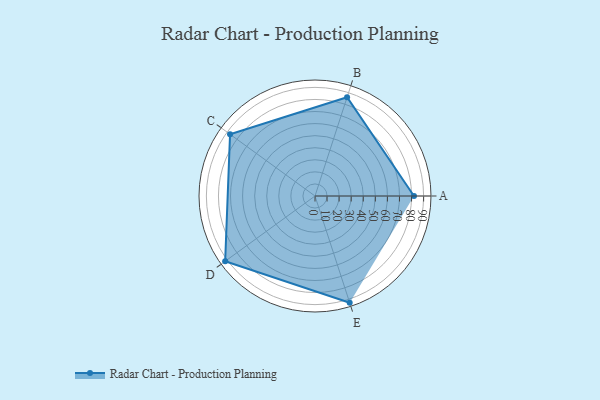
{"axis": {"x": "Skill", "y": "Score"}, "legend": ["Profile"], "data": [{"x": "A", "y": 82.0, "type": "Profile"}, {"x": "B", "y": 86.0, "type": "Profile"}, {"x": "C", "y": 87.0, "type": "Profile"}, {"x": "D", "y": 92.0, "type": "Profile"}, {"x": "E", "y": 93.0, "type": "Profile"}]}